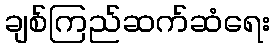
ချစ်ကြည်ဆက်ဆံရေး